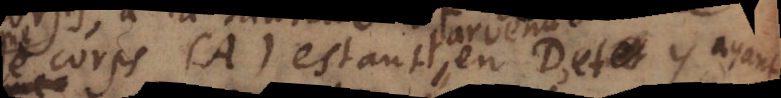
corps (A) estant en D, et y ayant